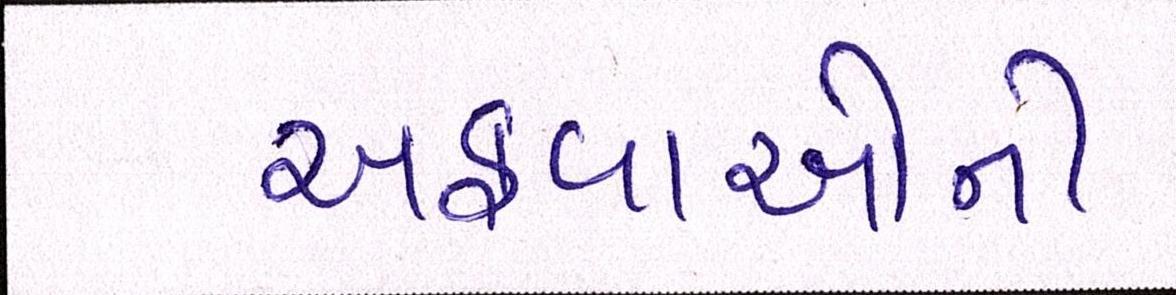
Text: અફવાઓની